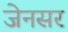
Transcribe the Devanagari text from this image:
जेनसर